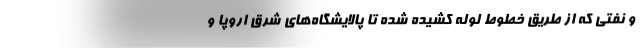
و نفتی که از طریق خطوط لوله کشیده شده تا پالایشگاه‌های شرق اروپا و